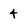
Character: 4